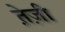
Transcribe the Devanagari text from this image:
ते़ज़ी